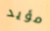
مؤيد